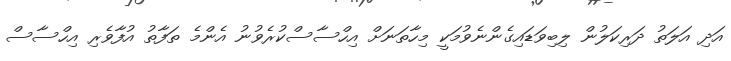
އަދި އަލަތު ދަރިކަލުން ލިބިވަޑައިގެންނެވުމަކީ މިހާތަނަށް އިހްސާސްކުރެވުނު އެންމެ ތަފާތު އުފާވެރި އިހްސާސް